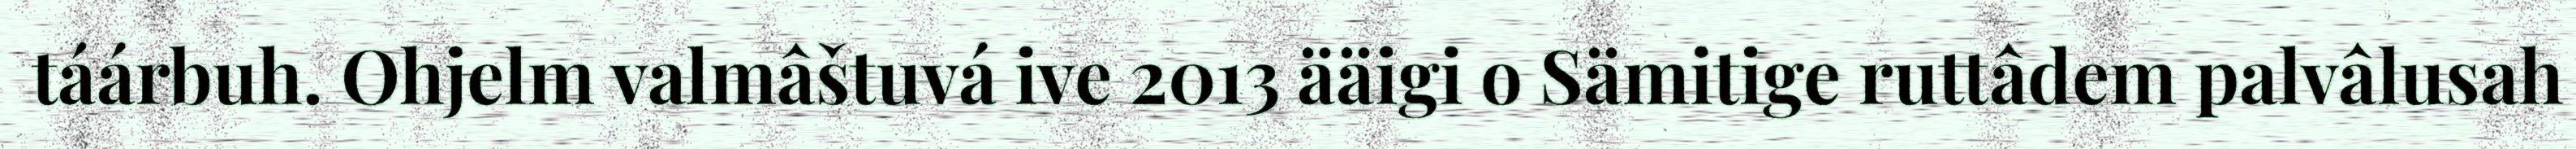
táárbuh. Ohjelm valmâštuvá ive 2013 ääigi o Sämitige ruttâdem palvâlusah